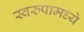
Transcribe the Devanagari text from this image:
स्वरुपामध्ये